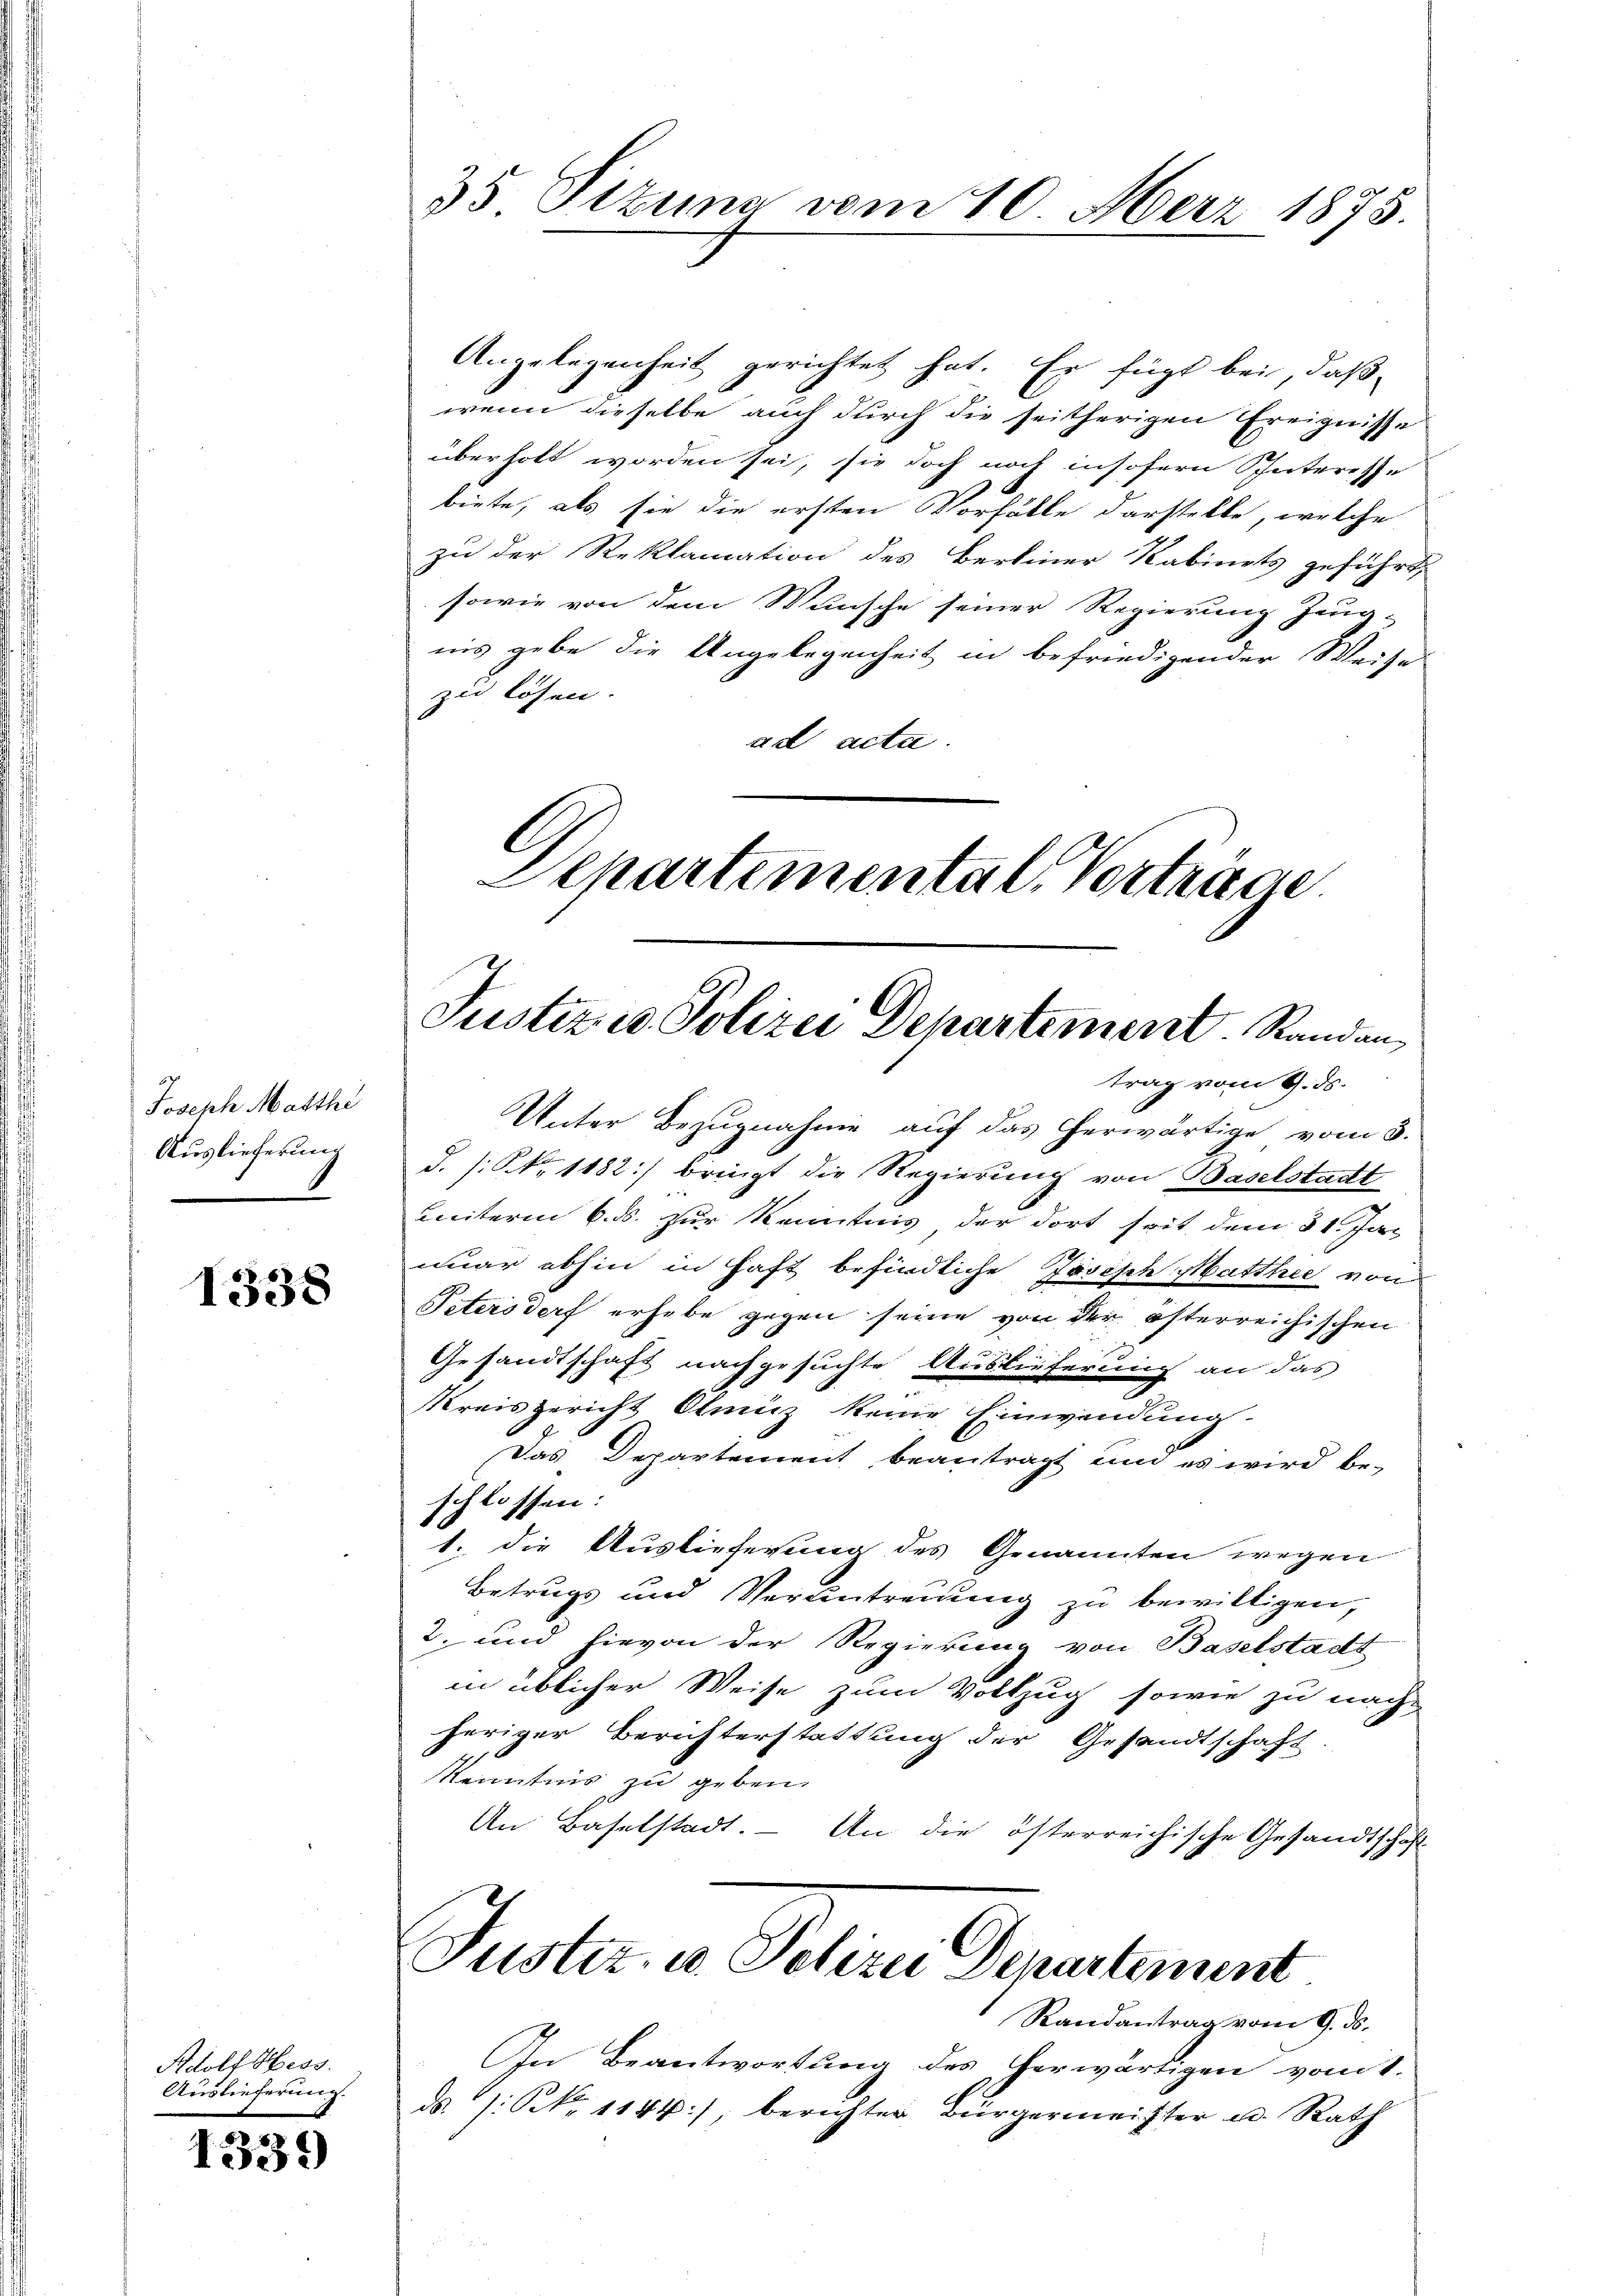
Joseph Matthi
Auslieferung

1338

Adolf Hess.
Auslieferung.

1339)

35 Sizung vom 10. Merz 1875.

Angelegenheit gerichtet hat. Er fügt bei, daß
wenn dieselbe auch durch die seitherigen Ereignisse
überholt worden sei, sie doch noch insofern Interesse
biete, als sie die ersten Vorfälle darstelle, welche
zu der Reklamation des Bereiner Kabinets geführt,
sowie von dem Wunsche seiner Regierung Jeug-
iis gebe die Angelegenheit in befriedigender Weise
zu lösen.
ad acta.
C

Eckartemental Vorträge.
Justiz u. Polizei Departement. Randantrag vom 9. ds.

Unter Bezugnahme auf das herwärtige vom 3.
d. /: No 1182) bringt die Regierung von Baselstadt
unterm 6. ds. zur Kenntnis der dort seit dem 31. Jan
mar abhin in Haft befindliche Josisch Matthee von
Petersdorf erhebe gegen seine von der österreichischen
Gesandtschaft nachgesuchte Auslieferung an das
Kreisgericht Olmütz keine Einwendung.
Das Departement beantragt und es wird be-
schlossen:
1. die Auslieferung des Genannten wegen
Betrugs und Verantreuung zu bewilligen,
2. und hievon der Regierung von Baselstadt
in üblicher Weise zum Vollzug sowie zu nach-
heriger Berichterstattung der Gesandtschaft
Kenntnis zu geben.
An Baselstadt. – An die österreichische Gesandtschaf
Juster. a. Polizei Departement
Randantrag vom 9. ds.
In Beantwortung des herwärtigen von 1.
ds /: No 1144) berichter Bürgermeister u. Rath